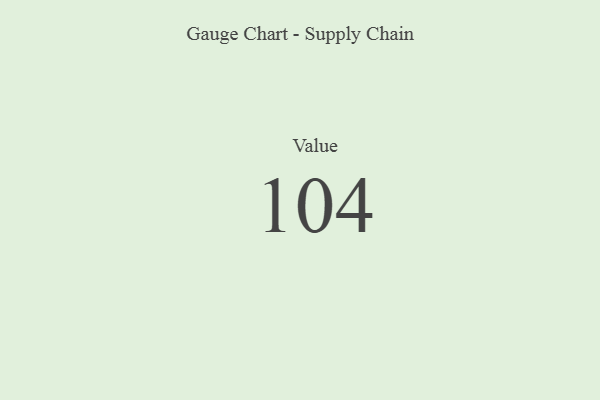
{"axis": {"x": "Metric", "y": "Value"}, "legend": [""], "data": [{"x": "Value", "y": 104, "type": ""}]}